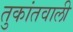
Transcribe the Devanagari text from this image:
तुकांतवाली